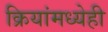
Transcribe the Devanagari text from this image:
क्रियांमध्येही